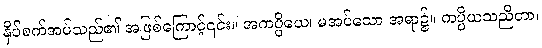
နှိပ်စက်အပ်သည်၏ အဖြစ်ကြောင့်၎င်း။ အကပ္ပိယေ၊ မအပ်သော အရာ၌။ ကပ္ပိယသညိတာ၊